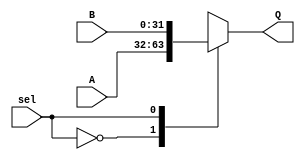
module MUX21(A, B, Q, sel);
input signed [31:0] A, B;
output reg [31:0] Q;
input sel;
always @ (*)
begin
 case (sel)
	1'b0: Q = A;
	1'b1: Q = B; 
 endcase
end
endmodule